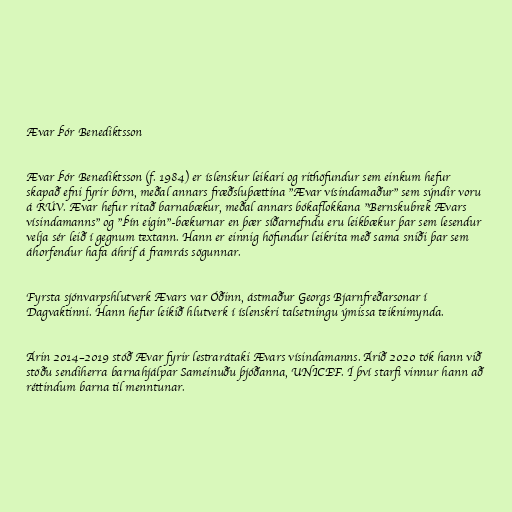
Ævar Þór Benediktsson

Ævar Þór Benediktsson (f. 1984) er íslenskur leikari og rithöfundur sem einkum hefur
skapað efni fyrir börn, meðal annars fræðsluþættina "Ævar vísindamaður" sem sýndir voru
á RÚV. Ævar hefur ritað barnabækur, meðal annars bókaflokkana "Bernskubrek Ævars
vísindamanns" og "Þín eigin"-bækurnar en þær síðarnefndu eru leikbækur þar sem lesendur
velja sér leið í gegnum textann. Hann er einnig höfundur leikrita með sama sniði þar sem
áhorfendur hafa áhrif á framrás sögunnar.

Fyrsta sjónvarpshlutverk Ævars var Óðinn, ástmaður Georgs Bjarnfreðarsonar í
Dagvaktinni. Hann hefur leikið hlutverk í íslenskri talsetningu ýmissa teiknimynda.

Árin 2014–2019 stóð Ævar fyrir lestrarátaki Ævars vísindamanns. Árið 2020 tók hann við
stöðu sendiherra barnahjálpar Sameinuðu þjóðanna, UNICEF. Í því starfi vinnur hann að
réttindum barna til menntunar.